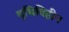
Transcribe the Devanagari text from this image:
वृधिविहीन